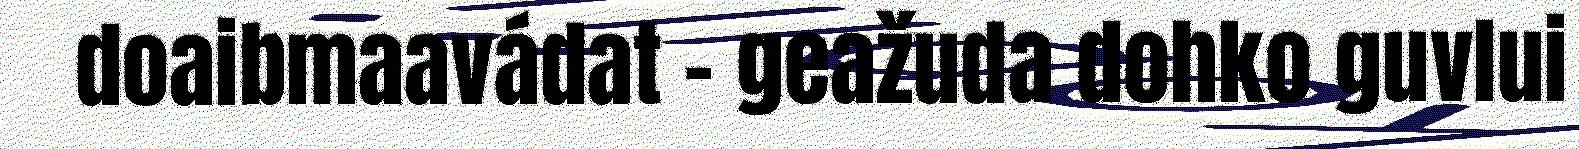
doaibmaavádat – geažuda dohko guvlui